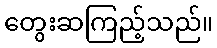
တွေးဆကြည့်သည်။